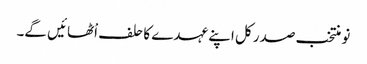
نو منتخب صدر کل اپنے عہدے کا حلف اْٹھائیں گے۔